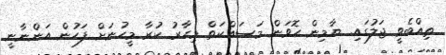
ތިއްބެވީ ޖަލުގައި. ޔާމިން ހޮވަން މަސައްކަތް މިހާރު ކުރާ މީހުނަށް ފަހުން އަންނާނީ